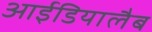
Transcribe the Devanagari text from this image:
आईडियालैब